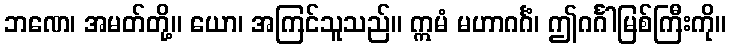
ဘဏေ၊ အမတ်တို့။ ယော၊ အကြင်သူသည်။ ဣမံ မဟာဂင်္ဂံ၊ ဤဂင်္ဂါမြစ်ကြီးကို။